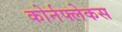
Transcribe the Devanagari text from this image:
कोर्नफ्लेकस